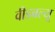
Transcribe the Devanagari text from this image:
वीडबल्यू